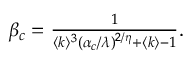
\begin{array} { r } { \beta _ { c } = \frac { 1 } { \langle k \rangle ^ { 3 } ( \alpha _ { c } / \lambda ) ^ { 2 / \eta } + \langle k \rangle - 1 } . } \end{array}